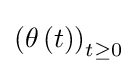
\left(\theta \left(t\right)\right)_{t\geq 0}